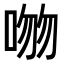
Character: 𪡕